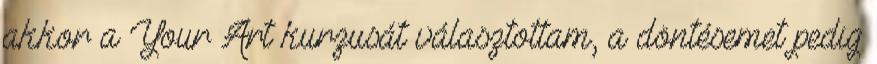
akkor a Your Art kurzusát választottam, a döntésemet pedig